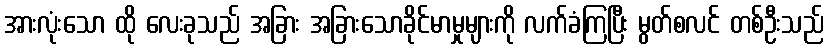
အားလုံးသော ထို လေးခုသည် အခြား အခြားသောခိုင်မာမှုများကို လက်ခံကြပြီး မွတ်စလင် တစ်ဦးသည်